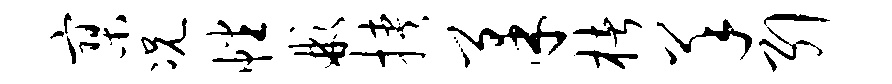
寥况幡彬挟柔楮羊引